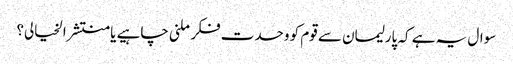
سوال یہ ہے کہ پارلیمان سے قوم کو وحدت فکر ملنی چاہیے یا منتشر الخیالی؟